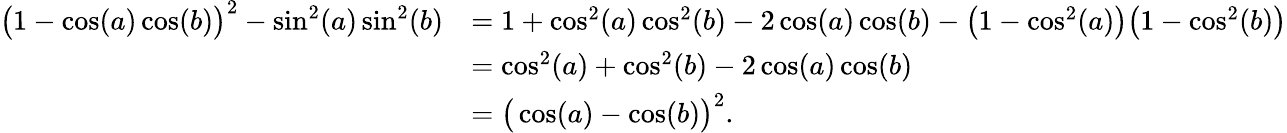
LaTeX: \begin{array}{rl}{\big(1-\cos(a)\cos(b)\big)^{2}-\sin^{2}(a)\sin^{2}(b)}&{=1+\cos^{2}(a)\cos^{2}(b)-2\cos(a)\cos(b)-\big(1-\cos^{2}(a)\big)\big(1-\cos^{2}(b)\big)}\\ &{=\cos^{2}(a)+\cos^{2}(b)-2\cos(a)\cos(b)}\\ &{=\big(\cos(a)-\cos(b)\big)^{2}.}\end{array}